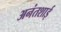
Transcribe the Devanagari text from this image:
अनंतशाई